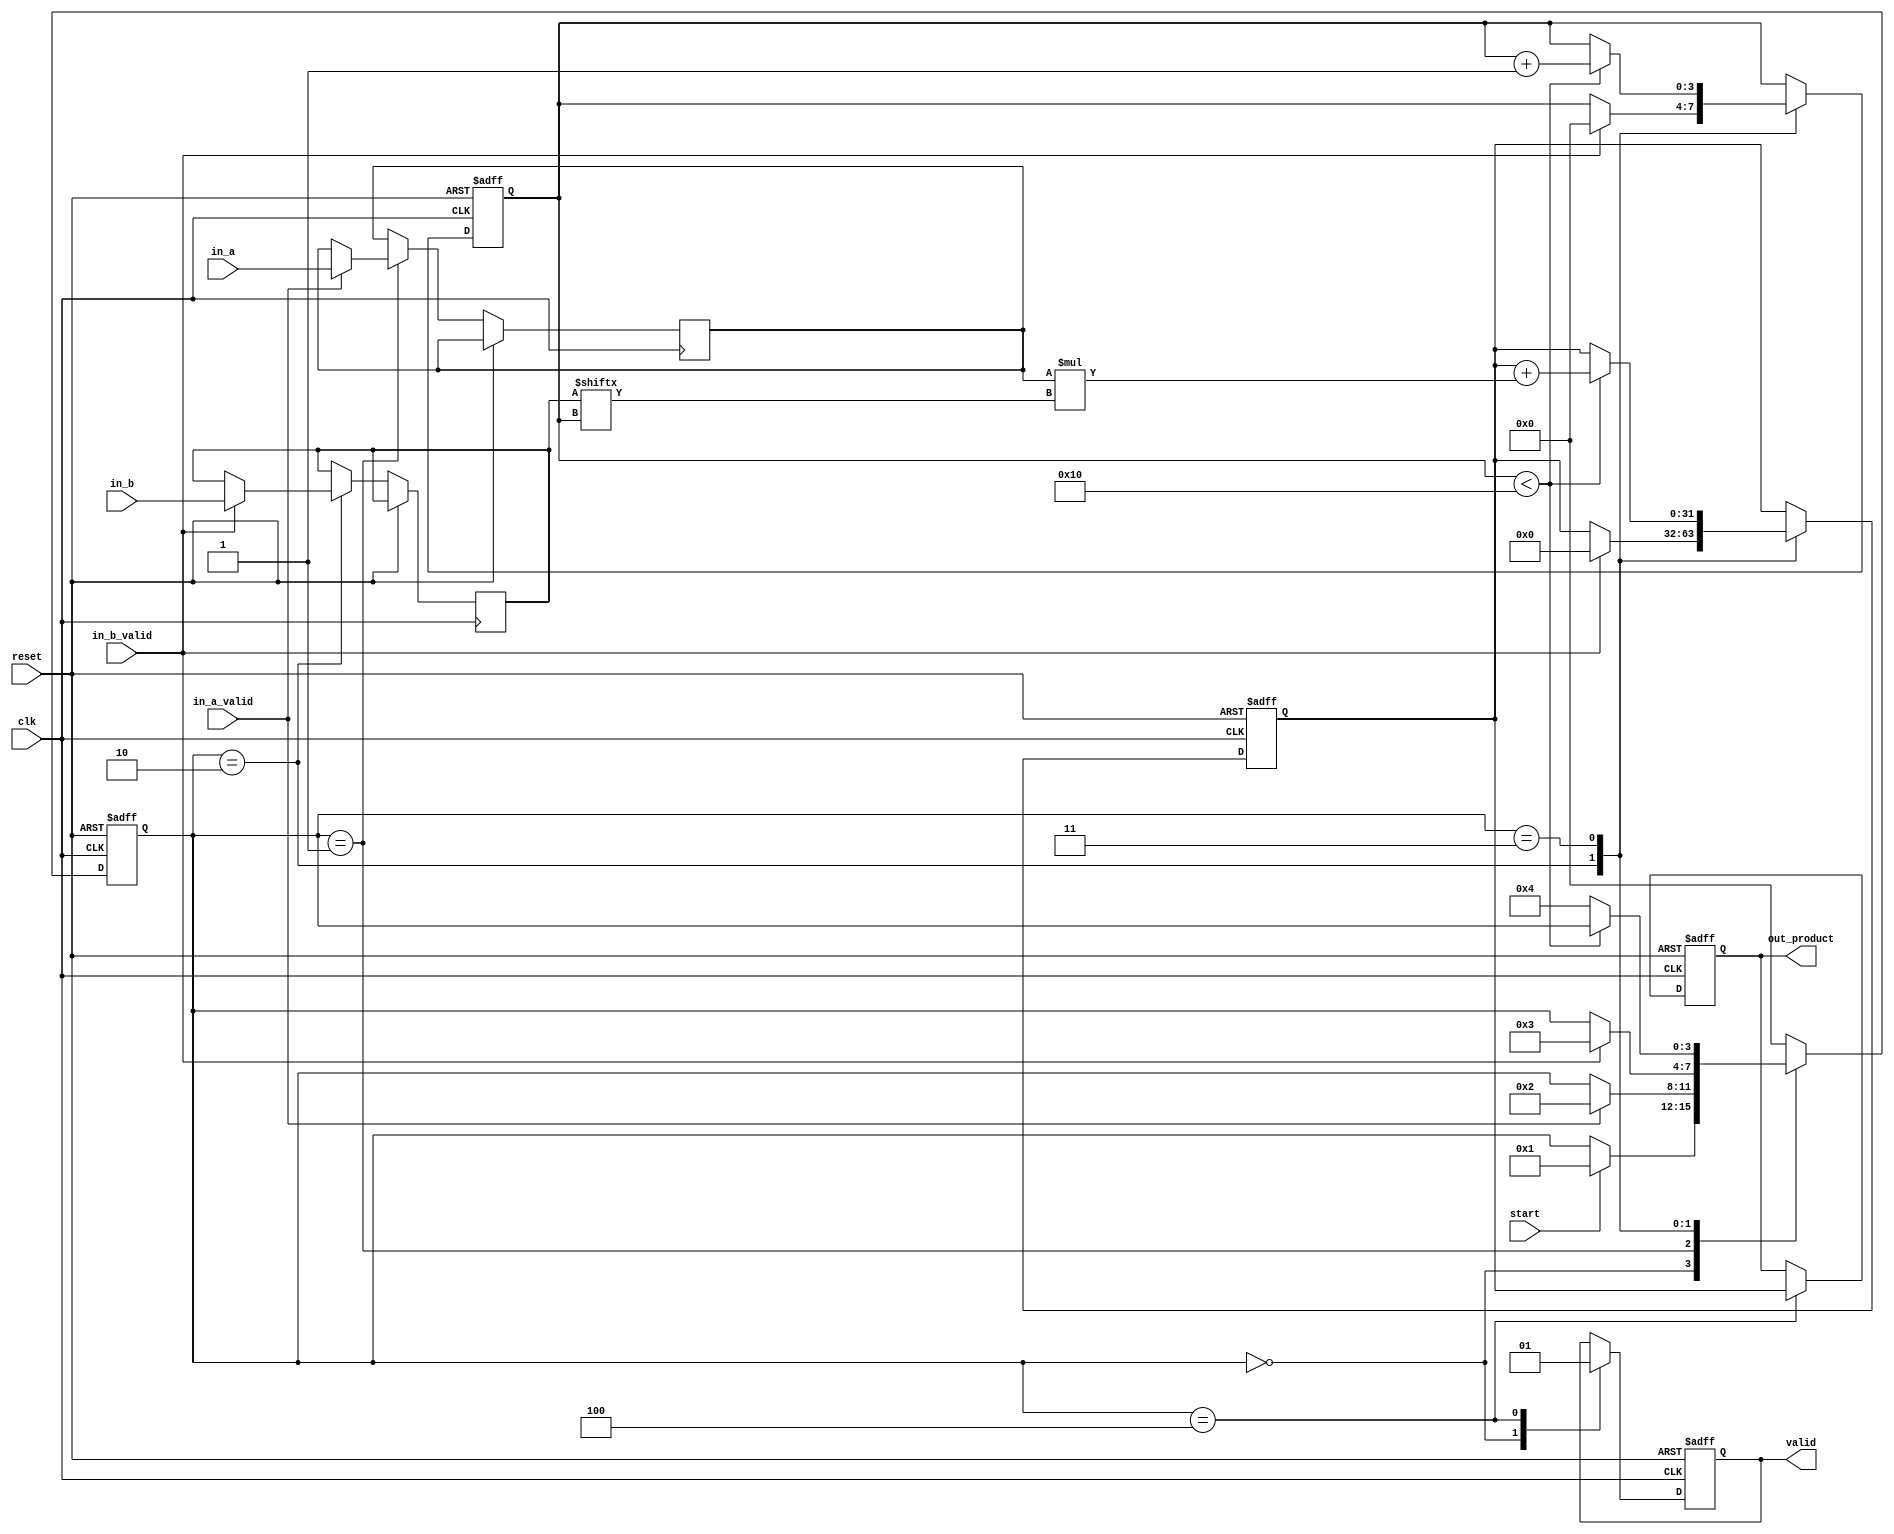
module streaming_multiplier (
    input wire clk,
    input wire reset,
    input wire start,
    input wire in_a_valid,
    input wire in_b_valid,
    input wire [15:0] in_a, // Assuming 16-bit input for multiplicand A
    input wire [15:0] in_b, // Assuming 16-bit input for multiplicand B
    output reg [31:0] out_product, // Assuming 32-bit output for product
    output reg valid // Output valid signal
);

    reg [15:0] reg_a; // Register for input A
    reg [15:0] reg_b; // Register for input B
    reg [3:0] state; // State variable
    reg [31:0] product_reg; // Register to hold the product
    reg [3:0] count; // Counter for number of cycles

    // State encoding
    localparam IDLE = 4'b0000,
               LOAD_A = 4'b0001,
               LOAD_B = 4'b0010,
               MULTIPLY = 4'b0011,
               OUTPUT = 4'b0100;

    // State machine
    always @(posedge clk or posedge reset) begin
        if (reset) begin
            state <= IDLE;
            out_product <= 0;
            valid <= 0;
            product_reg <= 0;
            count <= 0;
        end else begin
            case (state)
                IDLE: begin
                    valid <= 0;
                    if (start) begin
                        state <= LOAD_A;
                    end
                end

                LOAD_A: begin
                    if (in_a_valid) begin
                        reg_a <= in_a; // Load input A
                        state <= LOAD_B;
                    end
                end

                LOAD_B: begin
                    if (in_b_valid) begin
                        reg_b <= in_b; // Load input B
                        product_reg <= 0; // Clear product register
                        count <= 0; // Reset counter
                        state <= MULTIPLY;
                    end
                end

                MULTIPLY: begin
                    if (count < 16) begin // Assuming 16-bit multiplication
                        product_reg <= product_reg + (reg_a * reg_b[count]); // Partial product
                        count <= count + 1;
                    end else begin
                        state <= OUTPUT; // Move to output state
                    end
                end

                OUTPUT: begin
                    out_product <= product_reg; // Output the product
                    valid <= 1; // Assert valid signal
                    state <= IDLE; // Go back to IDLE state
                end

                default: state <= IDLE; // Default case
            endcase
        end
    end
endmodule